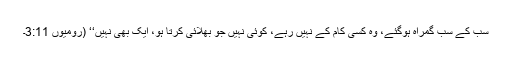
سب کے سب گمراہ ہوگئے، وہ کسی کام کے نہیں رہے، کوئی نہیں جو بھلائی کرتا ہو، ایک بھی نہیں‘‘ (رومیوں 3:11۔